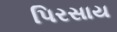
પિરસાય